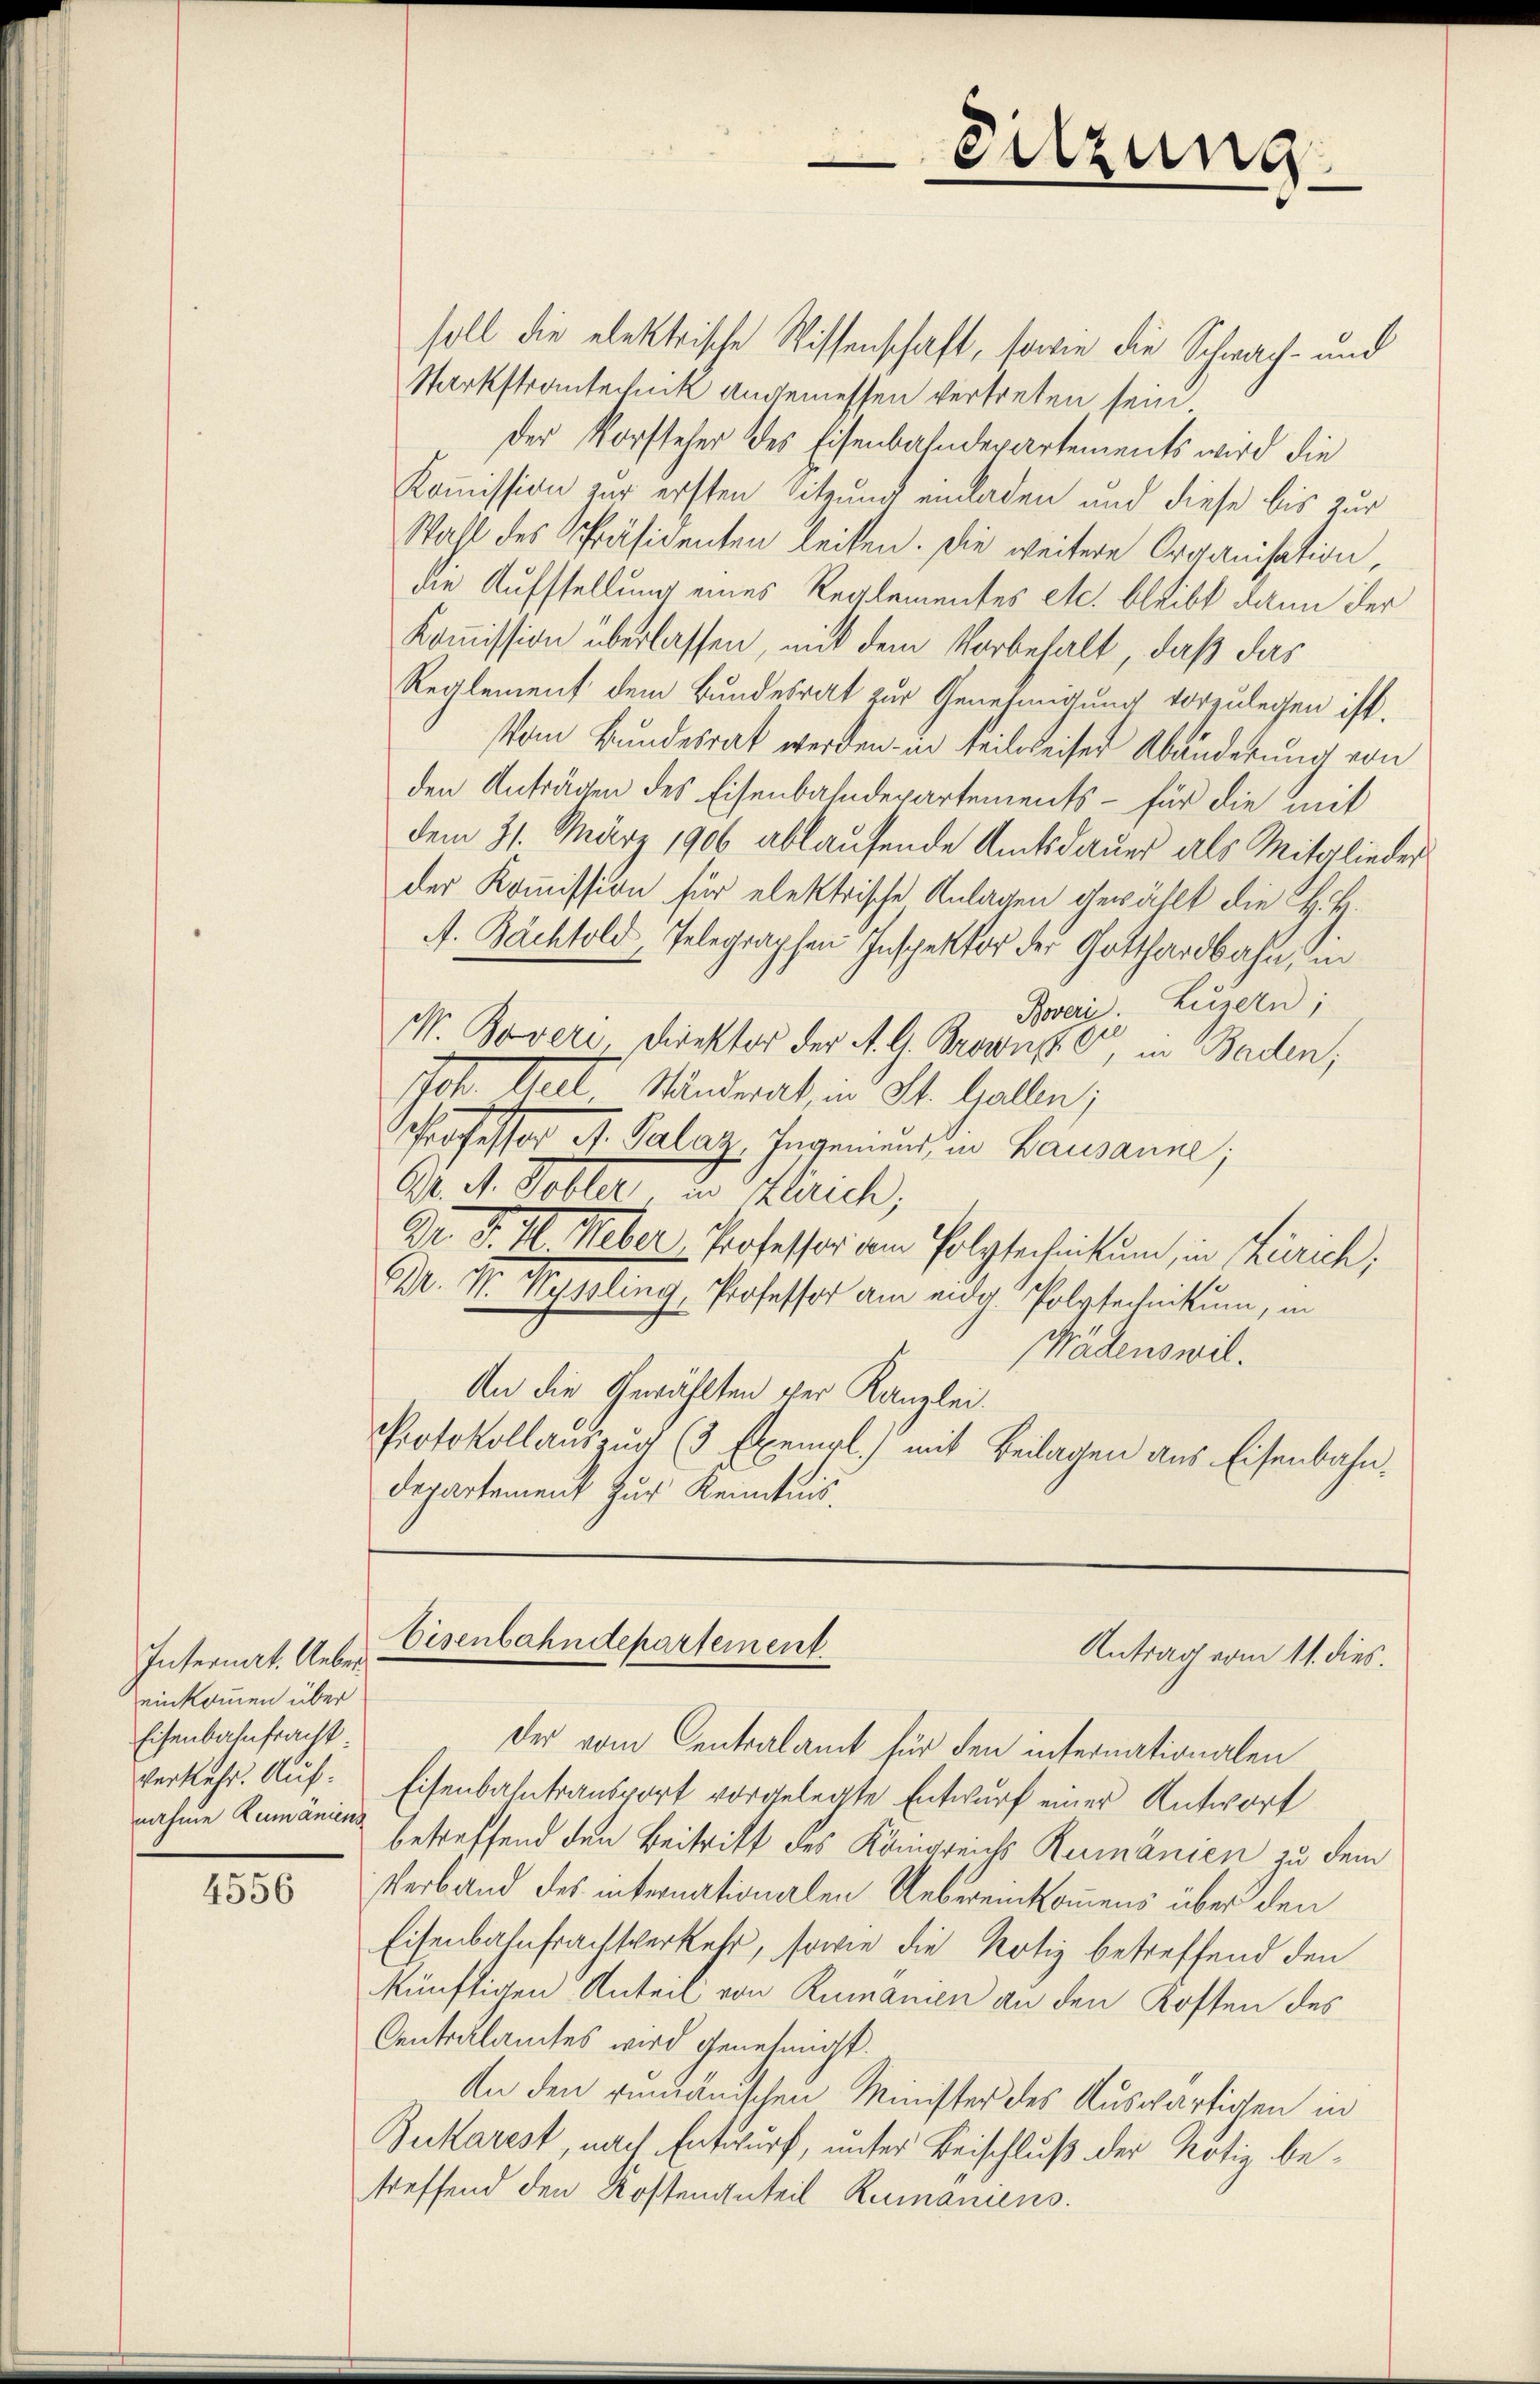
Internat. Uebereinkommen über
Eisenbahnfracht.
Verkehr. Aufnahme Zumäniens

4556

Sitzung

soll die elektrische Wissenschaft, sowie die Schwach- und
Starkstrantechnik angemessen vertreten, sein
Der Vorsteher des Eisenbahndepartements wird die
Kommission zur ersten Sitzung einladen und diese bis zur
Wahl des Präsidenten leiten. Die weitere Organisation,
die Aufstellung eines Reglementes etc. bleibt dann der
Kommission überlassen, mit dem Vorbehalt, daß das
Reglement dem Bundesrat zur Genehmigung vorzulegen ist.
Vom Bundesrat werden in teilweiser Abänderung von
den Anträgen des Eisenbahndepartements - für die mit
dem 31. März 1906 ablaufende Amtsdauer als Mitglieder
der Kommission für elektrische Anlagen gewählt die H. B.
A. Bachtold, Telegraphen Inspektor der Gotthardbahn, in
Roveri. Luzern;
M. Bovere Direktor der A. G. Brownpe, in Baden,
Joh. Hat Handerat, in St. Gallen;
Professor M. Palaz, Ingeniens in Bausanne;
O. d. Soller die Gerich,
Dr. P. I. Weber Professor dem folgtechnikum, in Zürich,
Br. N. Wyssling, Professor am eidg. Polytechnikum, in
Wädenswil.
An die Gewählten der Kanzlei.
Protokollauszug (3 Exempl.) mit Beilagen aus Eisenbahn-
Departement zur Kenntnis.

Eisenbahndepartement.
Antrag vom 11. dies.

der vom Centralamt für den internationalen
Eisenbahntransport vorgelegte Entwurf einer Antwort
betreffend den Beitritt des Königreichs Rumänien zu dem
Verband des internationalen Uebereinkommens über den
Eisenbahnfrachtverkehr, sowie die Notiz betreffend den
künftigen Anteil von Rumanien an den Kosten des
Centralamtes wird genehmigt.
An den rumänischen Minister des Auswärtigen in
Bukarest, nach Entwurf, unter Beischluß der Notiz betreffend den Kostenanteil Rumaniens.